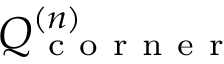
Q _ { \mathrm { ~ c ~ o ~ r ~ n ~ e ~ r ~ } } ^ { ( n ) }